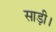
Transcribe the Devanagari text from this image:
साड़ी।